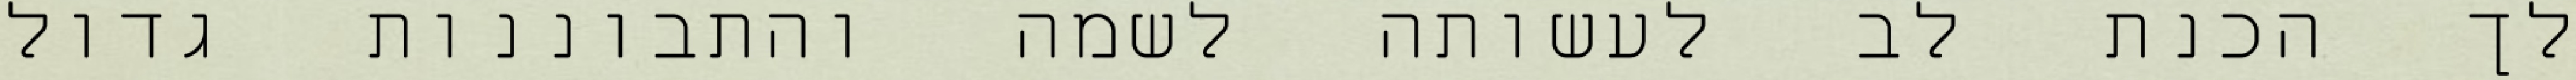
לך הכנת לב לעשותה לשמה והתבוננות גדול